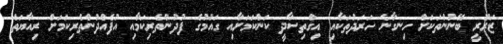
ޒަރޫރީ ބޭނުންތަކަށް ހިނގާނެ ހަރަދުތަކާއި އިގްތިސާދީ ކަންކަމަށާއި ގައުމުގެ ފުދުންތެރިކަމާއި އުފެއްދުންތެރިކަމަށް ރިއާޔަތް